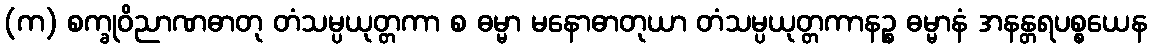
(က) စက္ခုဝိညာဏဓာတု တံသမ္ပယုတ္တကာ စ ဓမ္မာ မနောဓာတုယာ တံသမ္ပယုတ္တကာနဉ္စ ဓမ္မာနံ အနန္တရပစ္စယေန